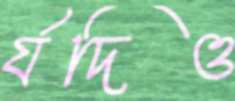
র‍্যদিও